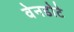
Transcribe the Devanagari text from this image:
वेनडोटे